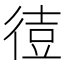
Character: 𫹙